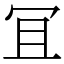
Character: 冝